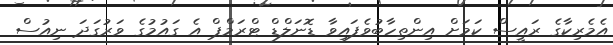
އެމެރިކާގެ ރައީސް ކަމަށް އިންތިހާބުވެފައިވާ ޑޮނަލްޑް ޓްރަމްޕް އެ ގައުމުގެ ވަރުގަދަ ނިއުސް